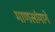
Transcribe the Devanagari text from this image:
माणसांमागे